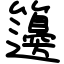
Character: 籩